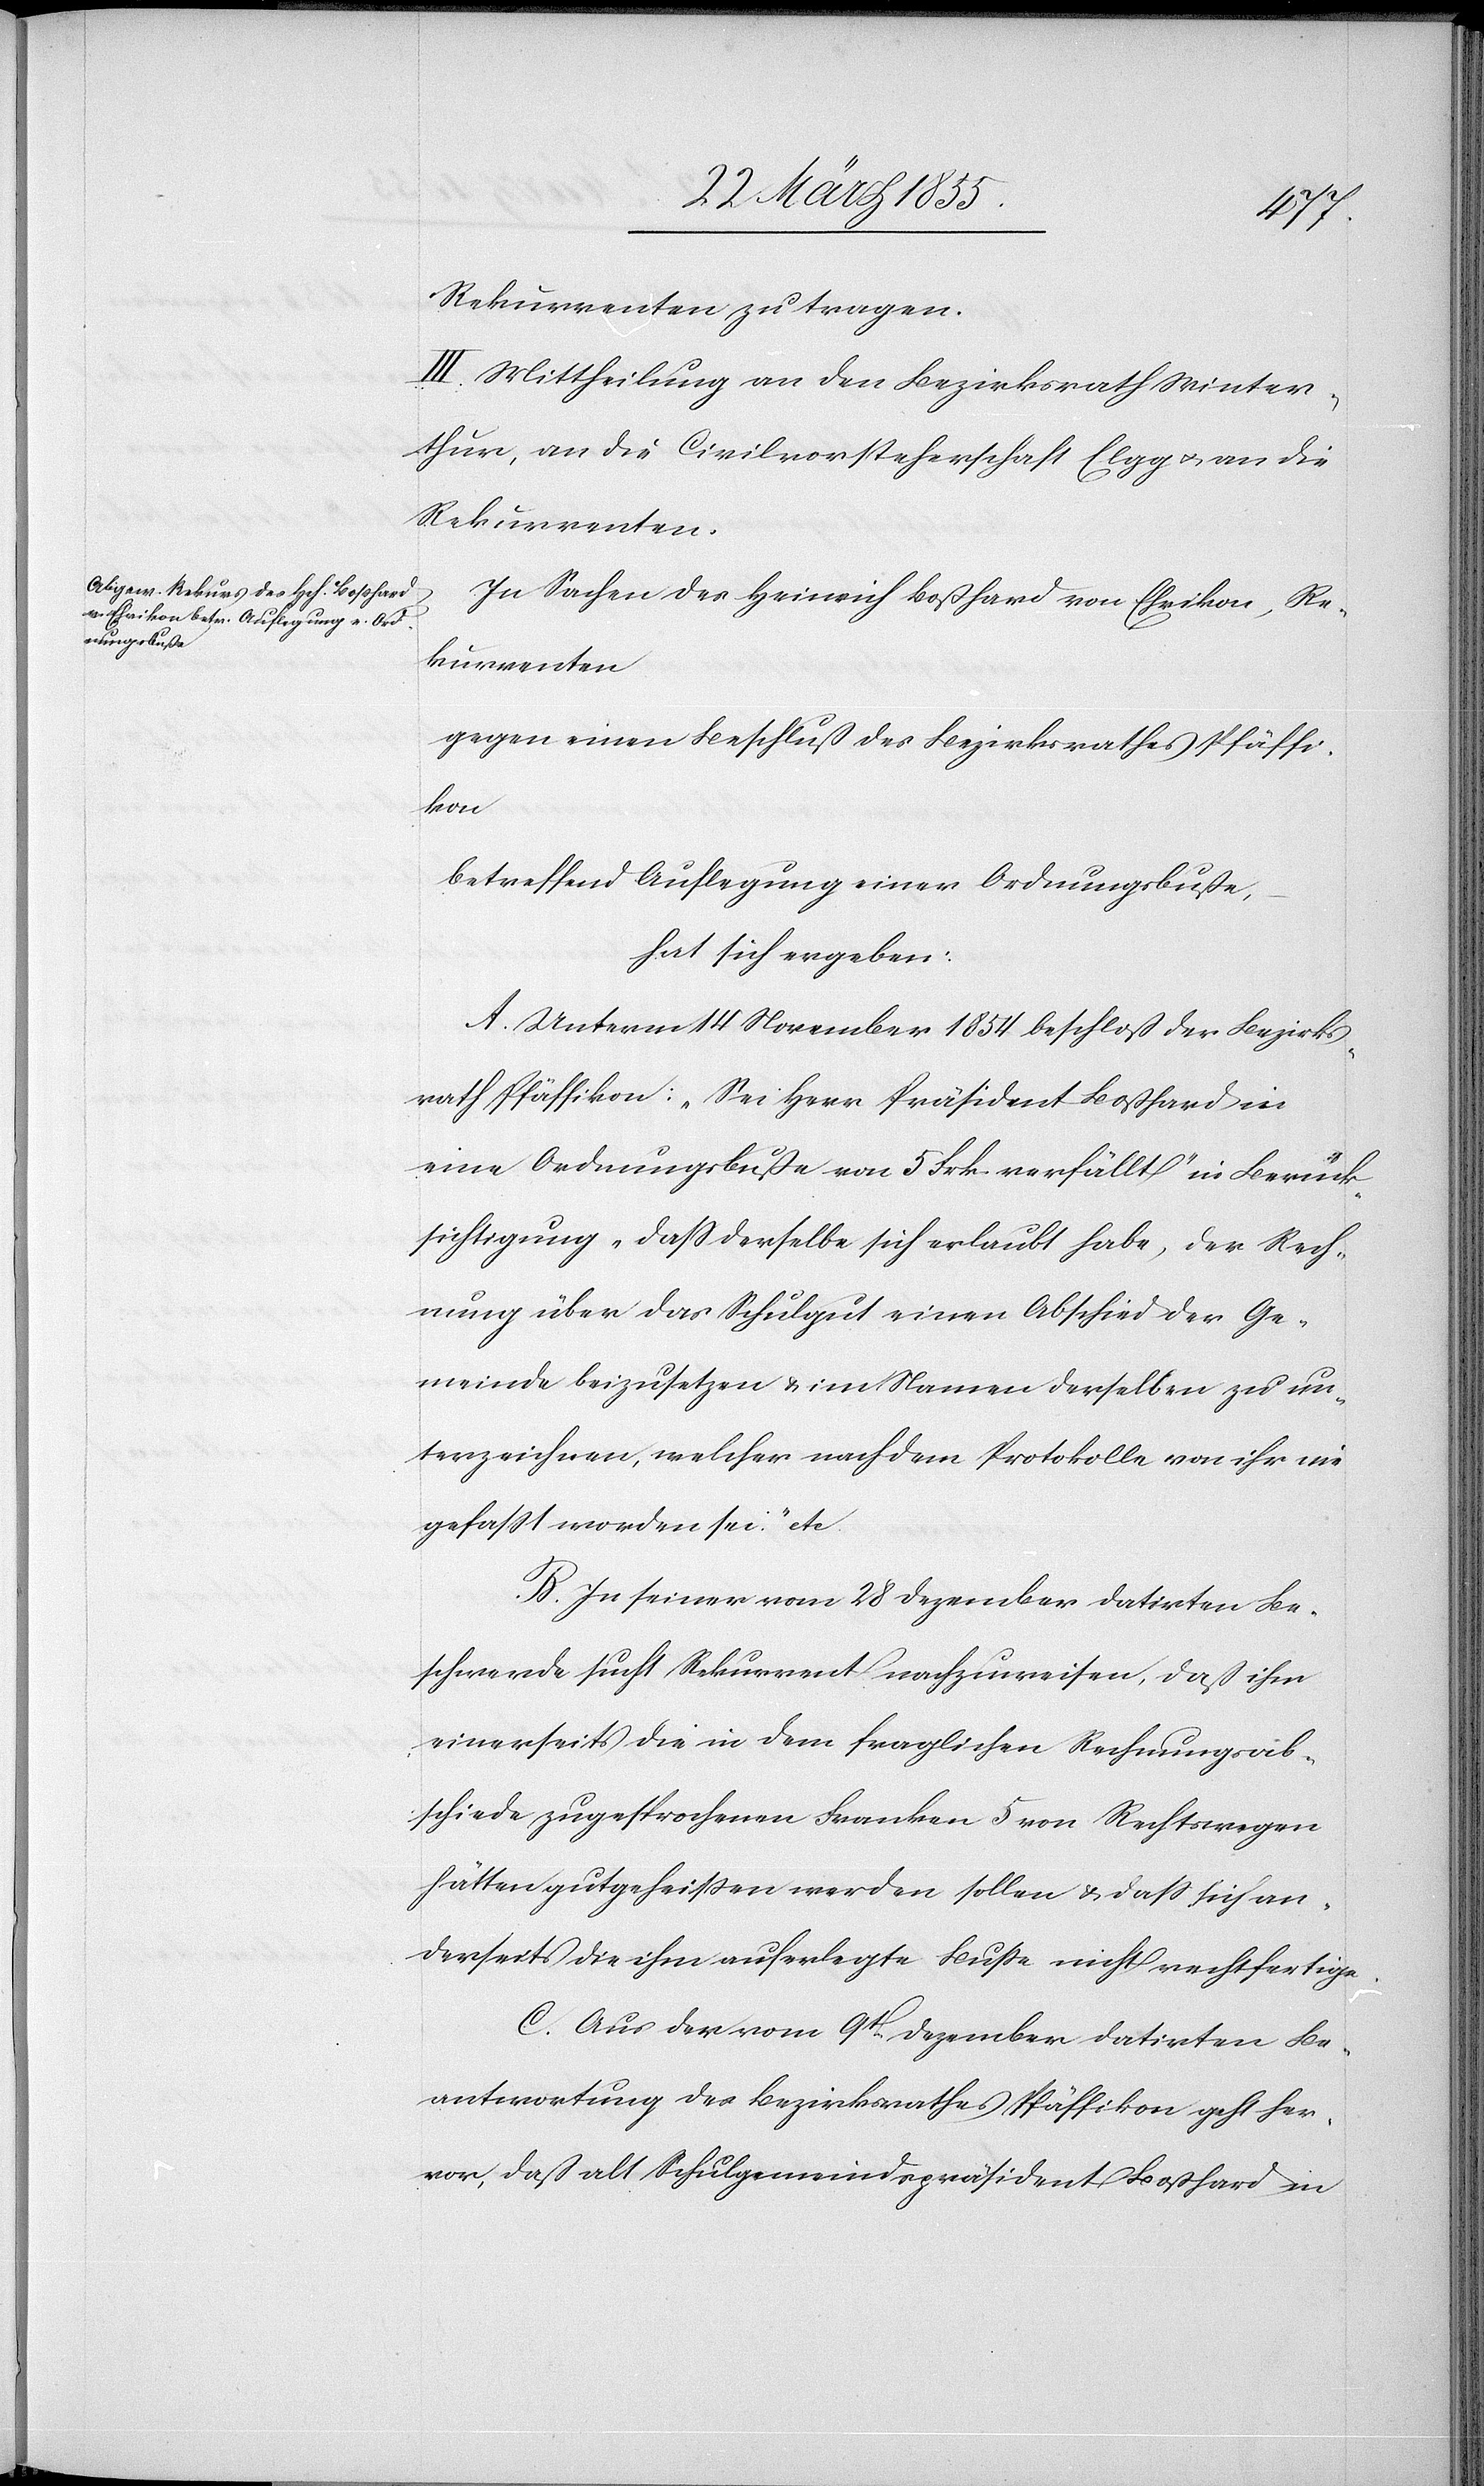
Rekurrenten zu tragen.
III. Mittheilung an den Bezirksrath Winter¬
thur, an die Civilvorsteherschaft Elgg & an die
Rekurrenten.
In Sachen des Heinrich Boßhard von Ehrikon, Re¬
kurrenten
gegen einen Beschluß des Bezirksrathes Pfäffi¬
kon
betreffend Auflegung einer Ordnungsbuße,
hat sich ergeben:
A. Unterm 14 November 1854 beschloß der Bezirks¬
rath Pfäffikon: „Sei Herr Präsident Boßhard in
eine Ordnungsbuße von 5 Frk. verfällt“ in Berück¬
sichtigung „dass derselbe sich erlaubt habe, der Rech¬
nung über das Schulgut einen Abschied der Ge¬
meinde beizusetzen & im Namen derselben zu un¬
terzeichnen, welcher nach dem Protokolle von ihr nie
gefasst worden sei.“ etc.
B. In seiner vom 28 Dezember datirten Be¬
schwerde sucht Rekurrent nachzuweisen, daß ihm
einerseits die in dem fraglichen Rechnungsab¬
schiede zugesprochenen Franken 5 von Rechtswegen
hätten gutgeheissen werden sollen & dass sich an¬
derseits die ihm auferlegte Busse nicht rechtfertige.
C. Aus der vom 9t. Dezember datirten Be¬
antwortung des Bezirksrathes Pfäffikon geht her¬
vor, daß alt Schulgemeindspräsident Boßhard in